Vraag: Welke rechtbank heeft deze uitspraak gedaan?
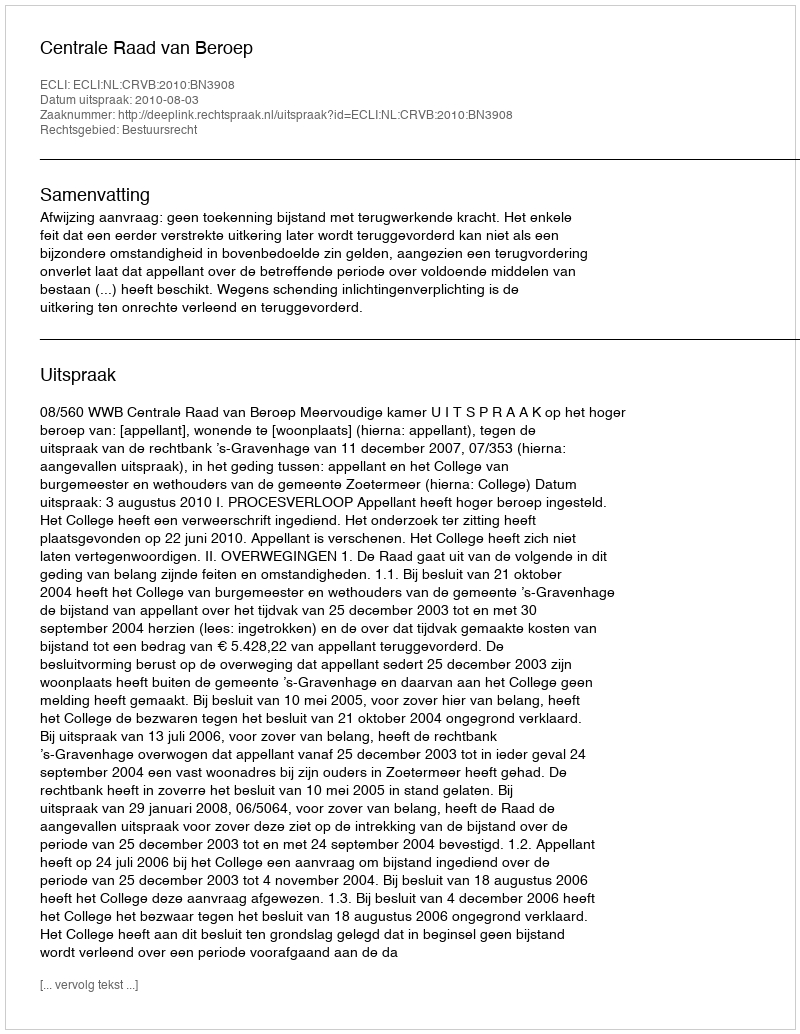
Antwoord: Centrale Raad van Beroep